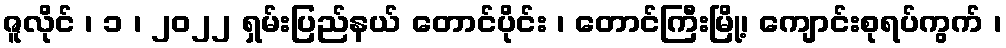
ဇူလိုင် ၊ ၁ ၊ ၂၀၂၂ ရှမ်းပြည်နယ် တောင်ပိုင်း ၊ တောင်ကြီးမြို့၊ ကျောင်းစုရပ်ကွက် ၊